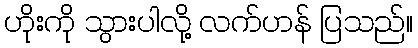
ဟိုးကို သွားပါလို့ လက်ဟန် ပြသည်။